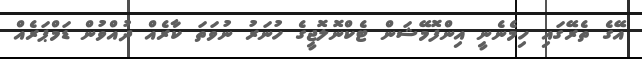
އޭގެ ތެރޭގައި ހިމެނެނީ އިންފޮމޭޝަން ޓެކްނޮލޮޖީގެ ހުނަރު ނުވަތަ ކާރެއް ދުއްވުން ޑަމްޕަރެއް